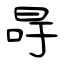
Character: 冔